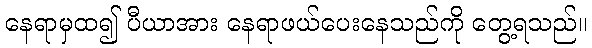
နေရာမှထ၍ ပီယာအား နေရာဖယ်ပေးနေသည်ကို တွေ့ရသည်။